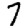
Digit: 7